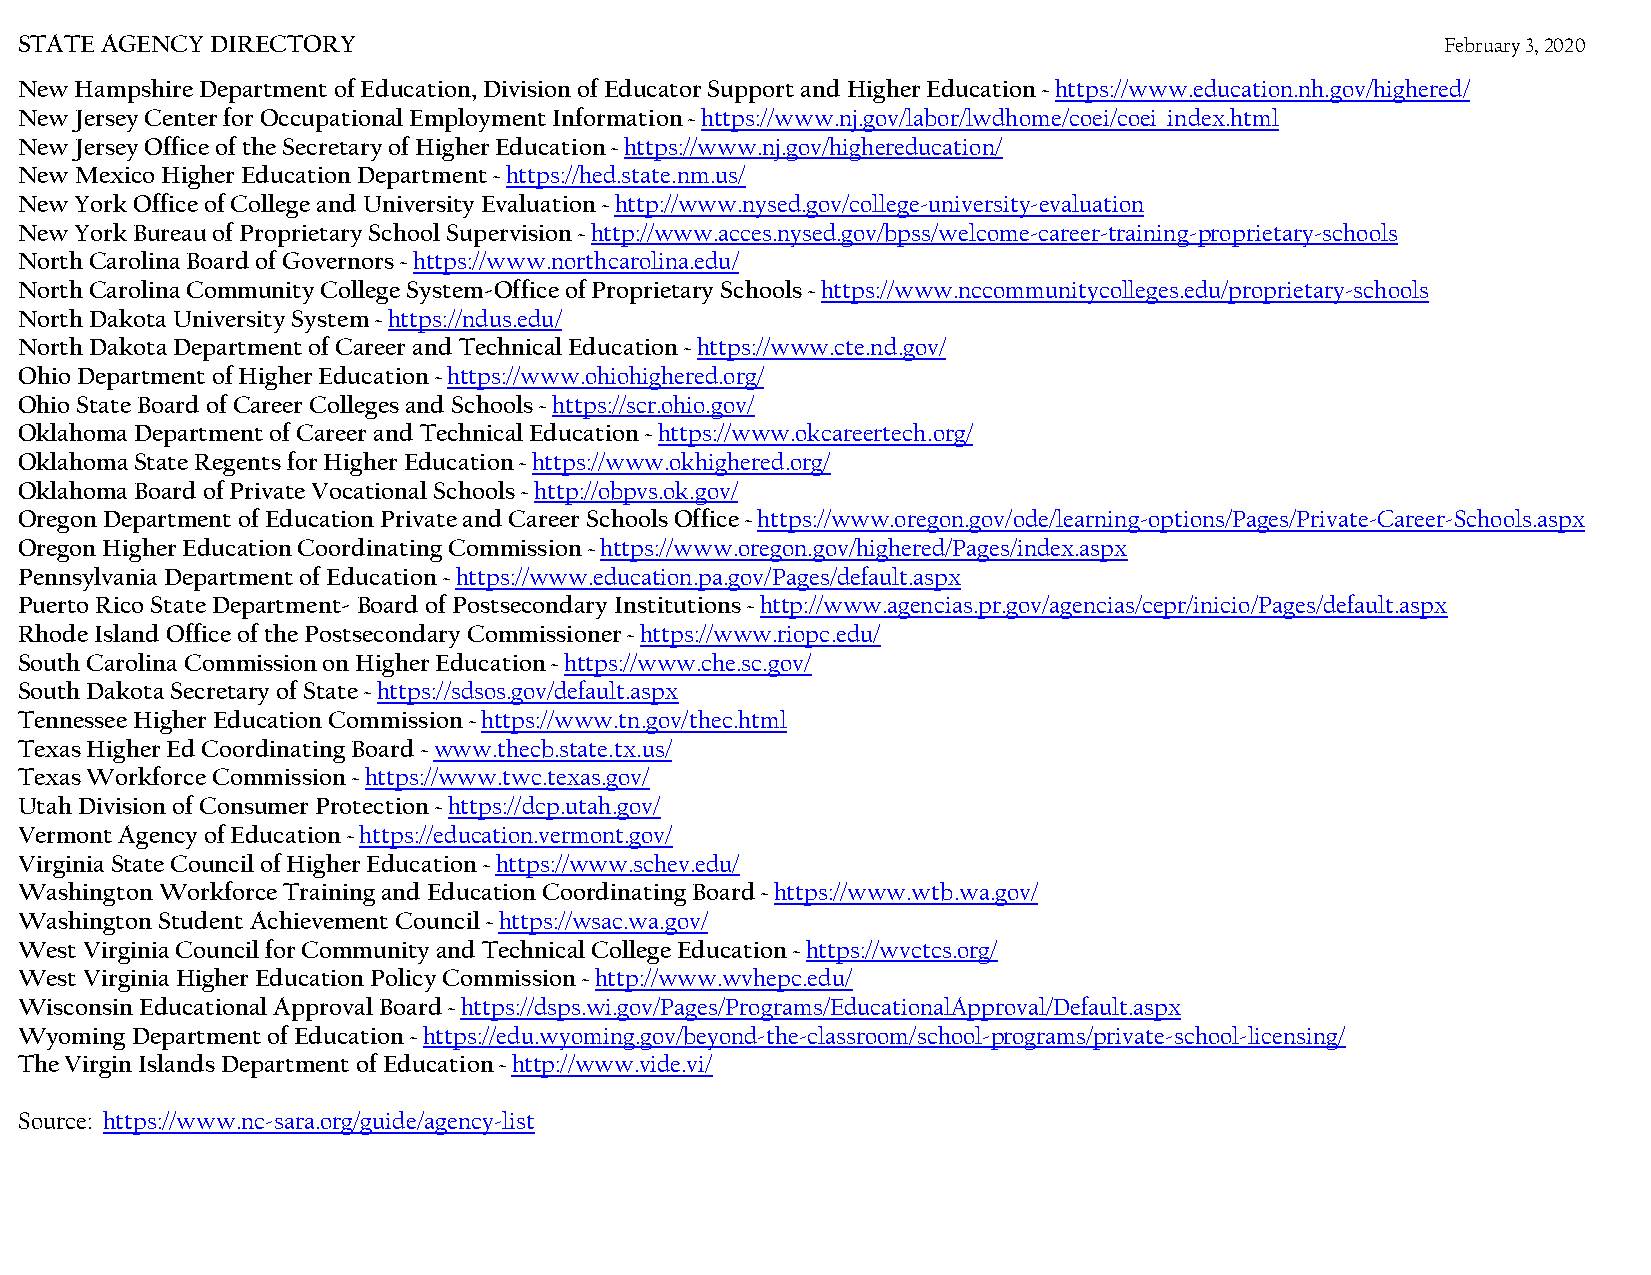
STATE AGENCY DIRECTORY                                                                         February 3, 2020
 New Hampshire Department of Education, Division of Educator Support and Higher Education ~ https://www.education.nh.gov/highered/
 New Jersey Center for Occupational Employment Information ~ https://www.nj.gov/labor/lwdhome/coei/coei_index.html
 New Jersey Office of the Secretary of Higher Education ~ https://www.nj.gov/highereducation/
 New Mexico Higher Education Department ~ https://hed.state.nm.us/
 New York Office of College and University Evaluation ~ http://www.nysed.gov/college-university-evaluation
 New York Bureau of Proprietary School Supervision ~ http://www.acces.nysed.gov/bpss/welcome-career-training-proprietary-schools
 North Carolina Board of Governors ~ https://www.northcarolina.edu/
 North Carolina Community College System-Office of Proprietary Schools ~ https://www.nccommunitycolleges.edu/proprietary-schools
 North Dakota University System ~ https://ndus.edu/
 North Dakota Department of Career and Technical Education ~ https://www.cte.nd.gov/
 Ohio Department of Higher Education ~ https://www.ohiohighered.org/
 Ohio State Board of Career Colleges and Schools ~ https://scr.ohio.gov/
 Oklahoma Department of Career and Technical Education ~ https://www.okcareertech.org/
 Oklahoma State Regents for Higher Education ~ https://www.okhighered.org/
 Oklahoma Board of Private Vocational Schools ~ http://obpvs.ok.gov/
 Oregon Department of Education Private and Career Schools Office ~ https://www.oregon.gov/ode/learning-options/Pages/Private-Career-Schools.aspx
 Oregon Higher Education Coordinating Commission ~ https://www.oregon.gov/highered/Pages/index.aspx
 Pennsylvania Department of Education ~ https://www.education.pa.gov/Pages/default.aspx
 Puerto Rico State Department- Board of Postsecondary Institutions ~ http://www.agencias.pr.gov/agencias/cepr/inicio/Pages/default.aspx
 Rhode Island Office of the Postsecondary Commissioner ~ https://www.riopc.edu/
 South Carolina Commission on Higher Education ~ https://www.che.sc.gov/
 South Dakota Secretary of State ~ https://sdsos.gov/default.aspx
 Tennessee Higher Education Commission ~ https://www.tn.gov/thec.html
 Texas Higher Ed Coordinating Board ~ www.thecb.state.tx.us/
 Texas Workforce Commission ~ https://www.twc.texas.gov/
 Utah Division of Consumer Protection ~ https://dcp.utah.gov/
 Vermont Agency of Education ~ https://education.vermont.gov/
 Virginia State Council of Higher Education ~ https://www.schev.edu/
 Washington Workforce Training and Education Coordinating Board ~ https://www.wtb.wa.gov/
 Washington Student Achievement Council ~ https://wsac.wa.gov/
 West Virginia Council for Community and Technical College Education ~ https://wvctcs.org/
 West Virginia Higher Education Policy Commission ~ http://www.wvhepc.edu/
 Wisconsin Educational Approval Board ~ https://dsps.wi.gov/Pages/Programs/EducationalApproval/Default.aspx
 Wyoming Department of Education ~ https://edu.wyoming.gov/beyond-the-classroom/school-programs/private-school-licensing/
 The Virgin Islands Department of Education ~ http://www.vide.vi/
 Source: https://www.nc-sara.org/guide/agency-list